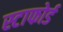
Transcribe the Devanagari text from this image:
स्टाफोर्ड